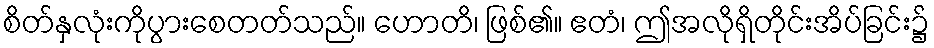
စိတ်နှလုံးကိုပွားစေတတ်သည်။ ဟောတိ၊ ဖြစ်၏။ ဧတံ၊ ဤအလိုရှိတိုင်းအိပ်ခြင်း၌